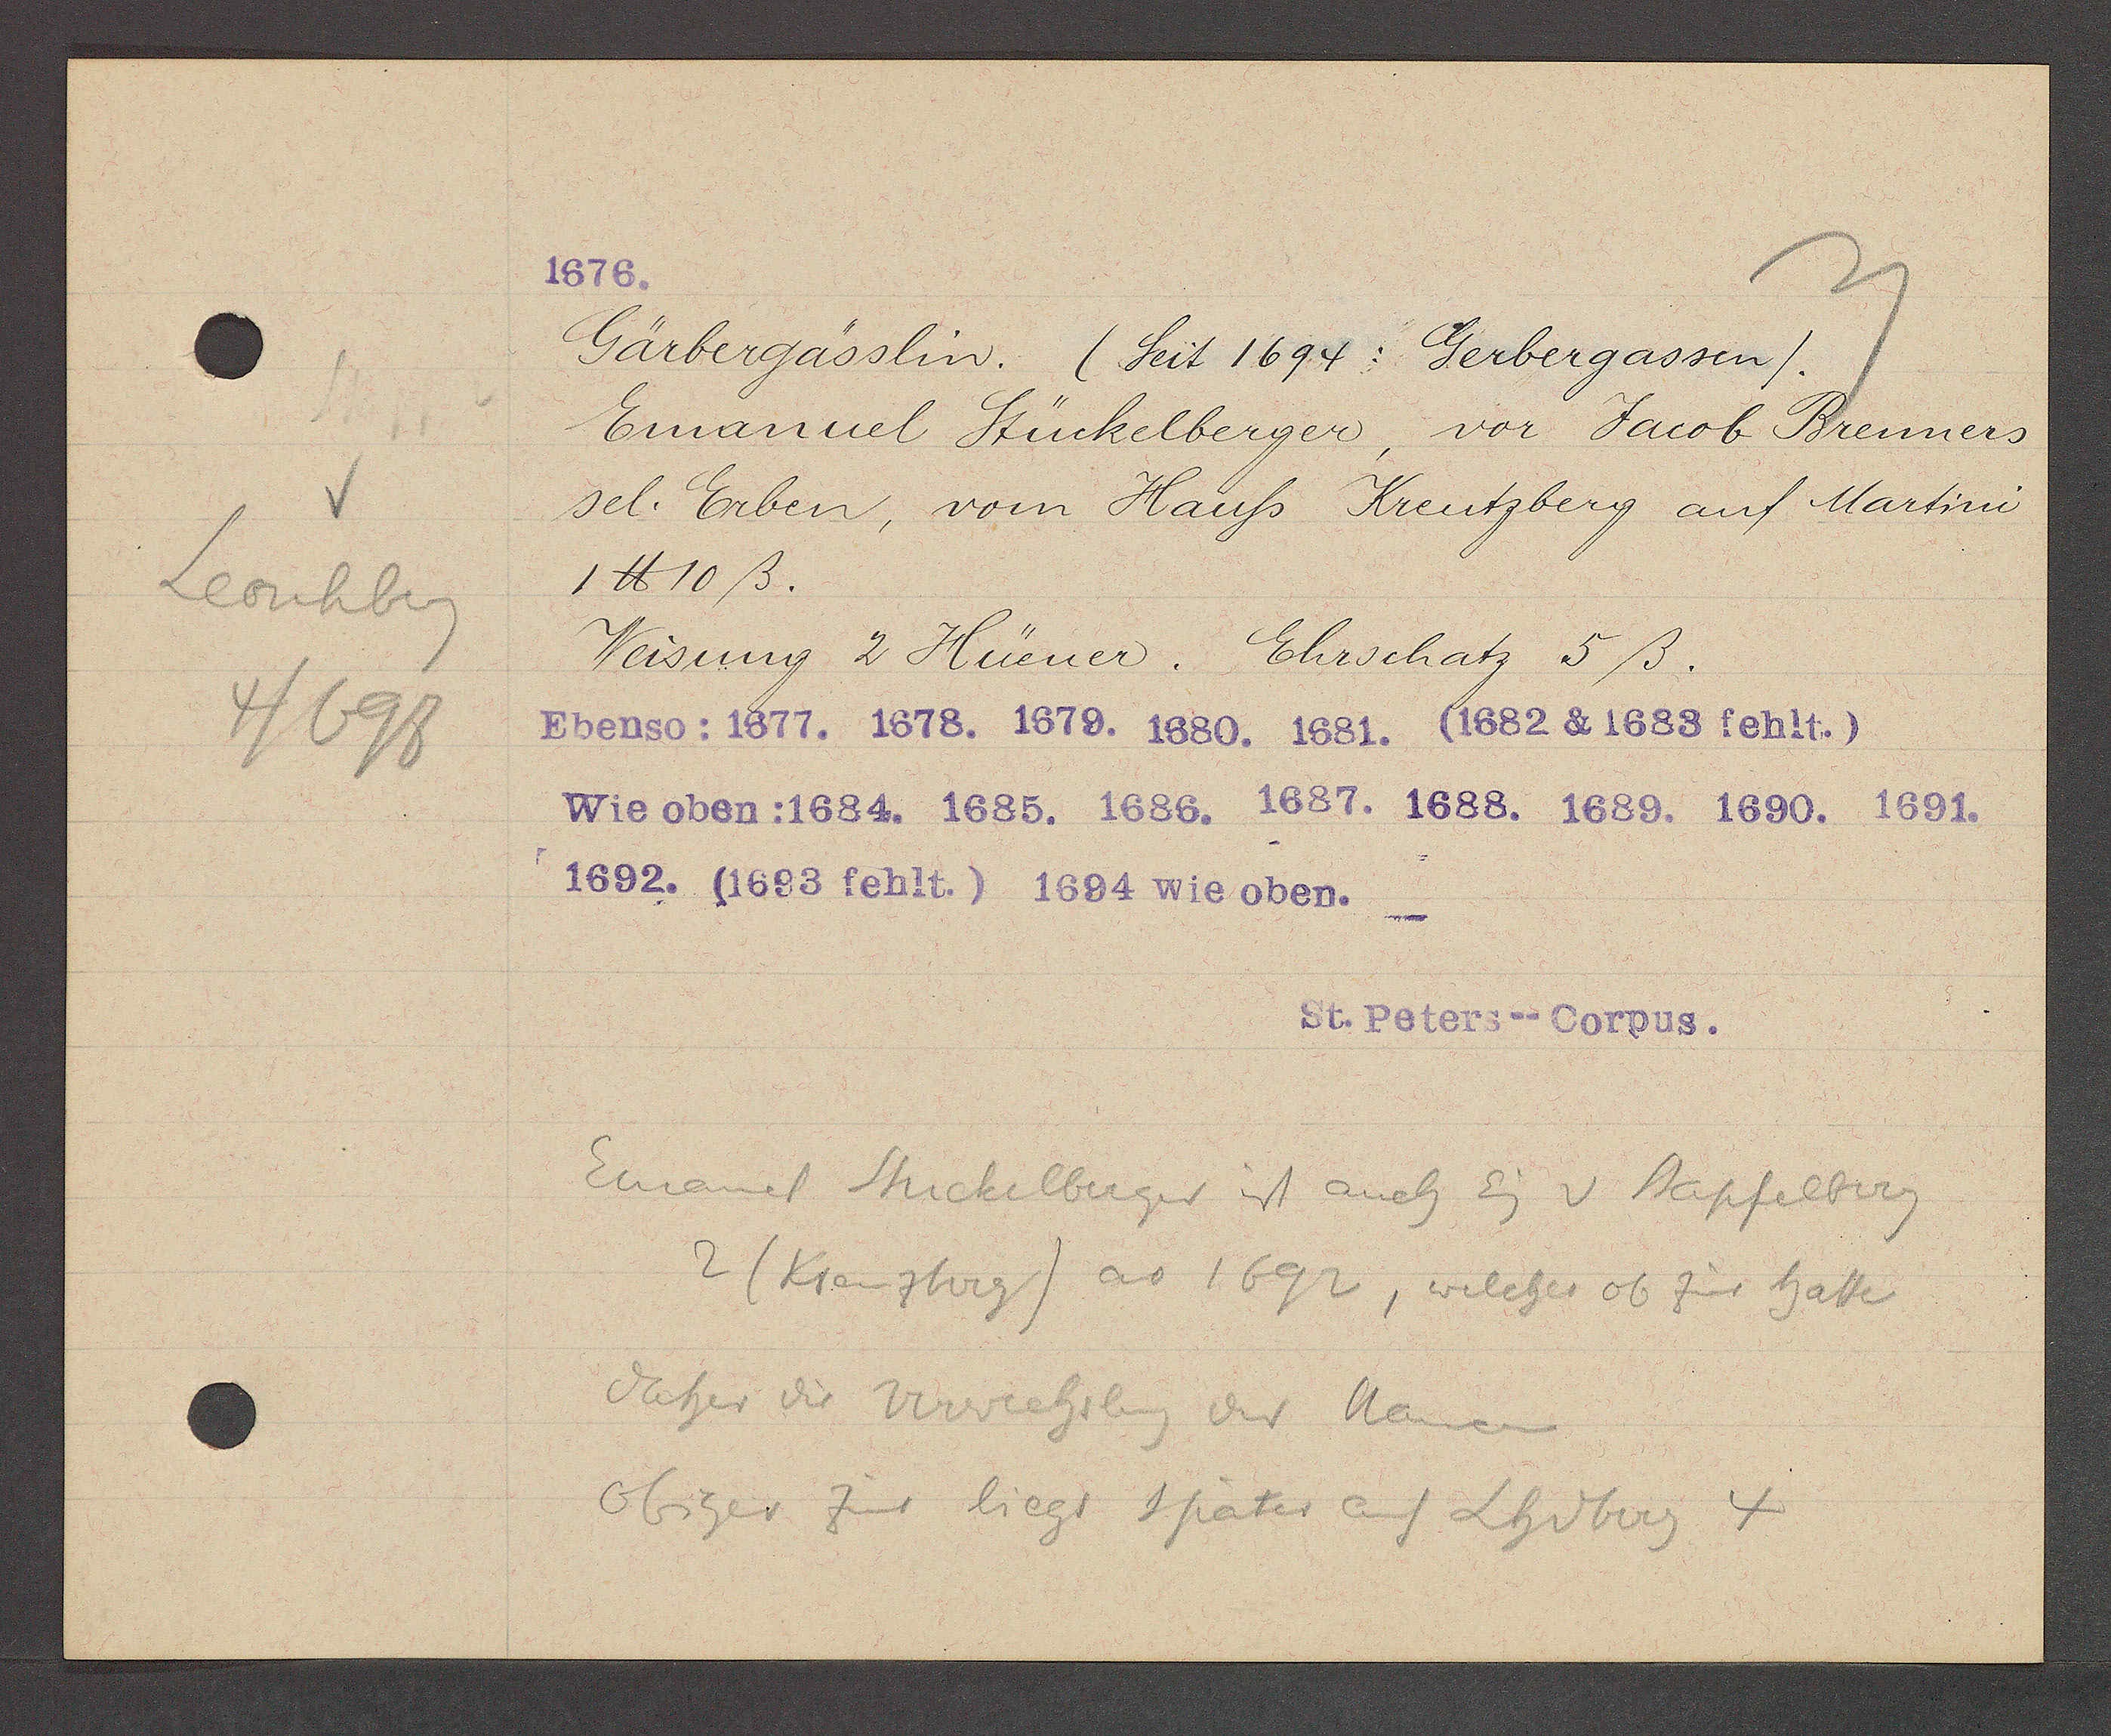
Transcript:
Leonhberg
4/698

1676.

Gärbergässlin. (Seit 1694: Gerbergassen).
Emanuel Stückelberger, vor Jacob Brenners
sel. Erben, vom Hauss Kreutzberg auf Martini
1℔ 10 ß.
Weisung 2 Hüener. Ehrschatz 5ß.
Ebenso: 1677. 1678. 1679. 1680. 1681. (1682 & 1688 fehlt.)
Wie oben: 1684. 1685. 1686. 1687. 1688. 1689. 1690. 1691.
1682. (1693 fehlt.) 1694 wie oben.

St. Peters--Corpus.

Emanuel Stuckelberger ist auch Eig v Stapfelberg
2 (Kreuzberg) ao 1692, welches ob zins hatte
daher die Verwechslung der Namen
obiger zins liegt später auf Lhdberg 4